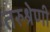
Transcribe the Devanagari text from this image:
तरुश्रेणी